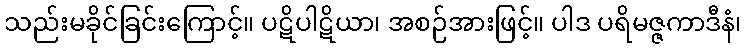
သည်းမခိုင်ခြင်းကြောင့်။ ပဋိပါဋိယာ၊ အစဉ်အားဖြင့်။ ပါဒ ပရိမဇ္ဇကာဒီနံ၊